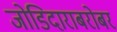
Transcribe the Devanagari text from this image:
जोडिदाराबरोबर